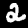
Label: 2